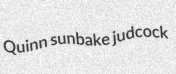
Quinn sunbake judcock